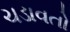
ચડાવતો